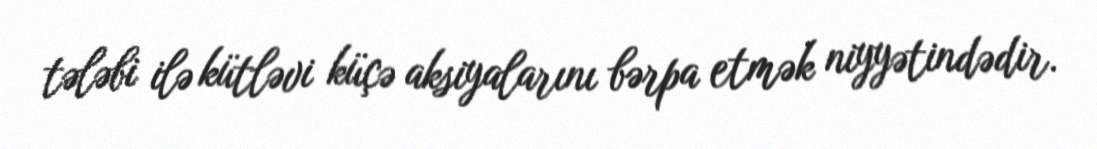
tələbi ilə kütləvi küçə aksiyalarını bərpa etmək niyyətindədir.